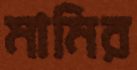
মামির